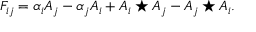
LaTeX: F _ { i j } = \alpha _ { i } A _ { j } - \alpha _ { j } A _ { i } + A _ { i } \star A _ { j } - A _ { j } \star A _ { i } .